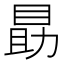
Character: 𪾫